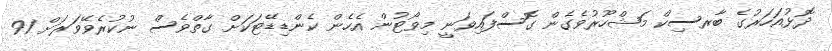
ދޮޅުއަހަރުގެ ބާރސިކް މަޝްހޫރުވެގެން ގޮސްފައިވަނީ މިވޯޓުން އެހެން ކެންޑިޑޭޓަކަށް ގާތްވެސް ނުކުރެވޭވަރަށް 91